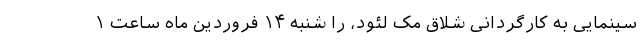
سینمایی به کارگردانی شلاق مک لئود، را شنبه ۱۴ فروردین ماه ساعت ۱